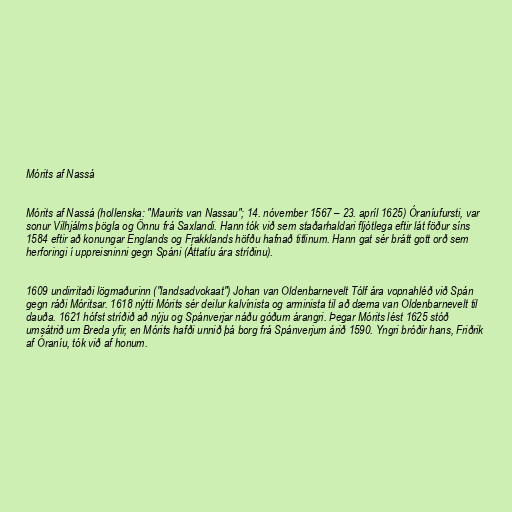
Mórits af Nassá

Mórits af Nassá (hollenska: "Maurits van Nassau"; 14. nóvember 1567 – 23. apríl 1625) Óraníufursti, var
sonur Vilhjálms þögla og Önnu frá Saxlandi. Hann tók við sem staðarhaldari fljótlega eftir lát föður síns
1584 eftir að konungar Englands og Frakklands höfðu hafnað titlinum. Hann gat sér brátt gott orð sem
herforingi í uppreisninni gegn Spáni (Áttatíu ára stríðinu).

1609 undirritaði lögmaðurinn ("landsadvokaat") Johan van Oldenbarnevelt Tólf ára vopnahléð við Spán
gegn ráði Móritsar. 1618 nýtti Mórits sér deilur kalvínista og arminista til að dæma van Oldenbarnevelt til
dauða. 1621 hófst stríðið að nýju og Spánverjar náðu góðum árangri. Þegar Mórits lést 1625 stóð
umsátrið um Breda yfir, en Mórits hafði unnið þá borg frá Spánverjum árið 1590. Yngri bróðir hans, Friðrik
af Óraníu, tók við af honum.